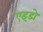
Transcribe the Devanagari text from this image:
एइडो